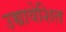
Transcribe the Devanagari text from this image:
उच्चावेशित